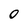
Character: O